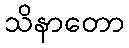
သိနာတော